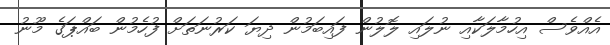
އެއްވެސް އިހުމާލަކާއި ނުލައި ލޮލުން ފައިބަމުން ދިޔަ ކަރުނަތަށް ފުހެމުން ބައްޕަގެ މޫނު